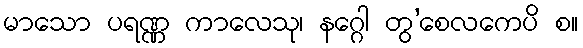
မာသော ပရဏ္ဏ ကာလေသု၊ နဂ္ဂေါ တွ’စေလကေပိ စ။